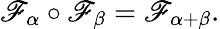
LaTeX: \mathscr{F}_{\alpha}\circ\mathscr{F}_{\beta}=\mathscr{F}_{\alpha+\beta}.